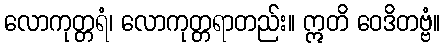
လောကုတ္တရံ၊ လောကုတ္တရာတည်း။ ဣတိ ဝေဒိတဗ္ဗံ။